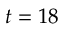
t = 1 8